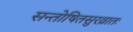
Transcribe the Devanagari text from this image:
सन्तोषितसुरव्रातः